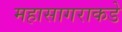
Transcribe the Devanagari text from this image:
महासागराकडे